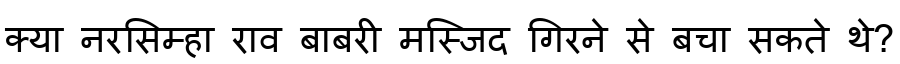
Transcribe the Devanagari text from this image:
क्या नरसिम्हा राव बाबरी मस्जिद गिरने से बचा सकते थे?